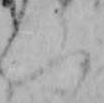
ふ